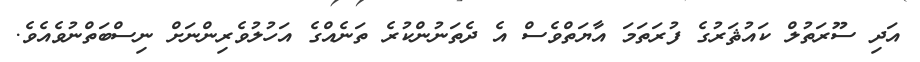
އަދި ސޫރަތުލް ކައުޘަރުގެ ފުރަތަމަ އާޔަތްވެސް އެ ދެތަނުންކުރެ ތަނެއްގެ އަހުލުވެރިންނަށް ނިސްބަތްނުވެއެވެ.